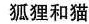
狐狸和猫